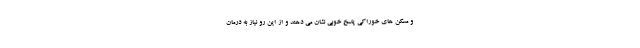
و مسکن های خوراکی پاسخ خوبی نشان می دهند و از این رو نیاز به درمان